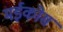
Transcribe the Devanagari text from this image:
मईकोस